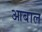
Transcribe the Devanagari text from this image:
आबाल